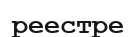
реестре